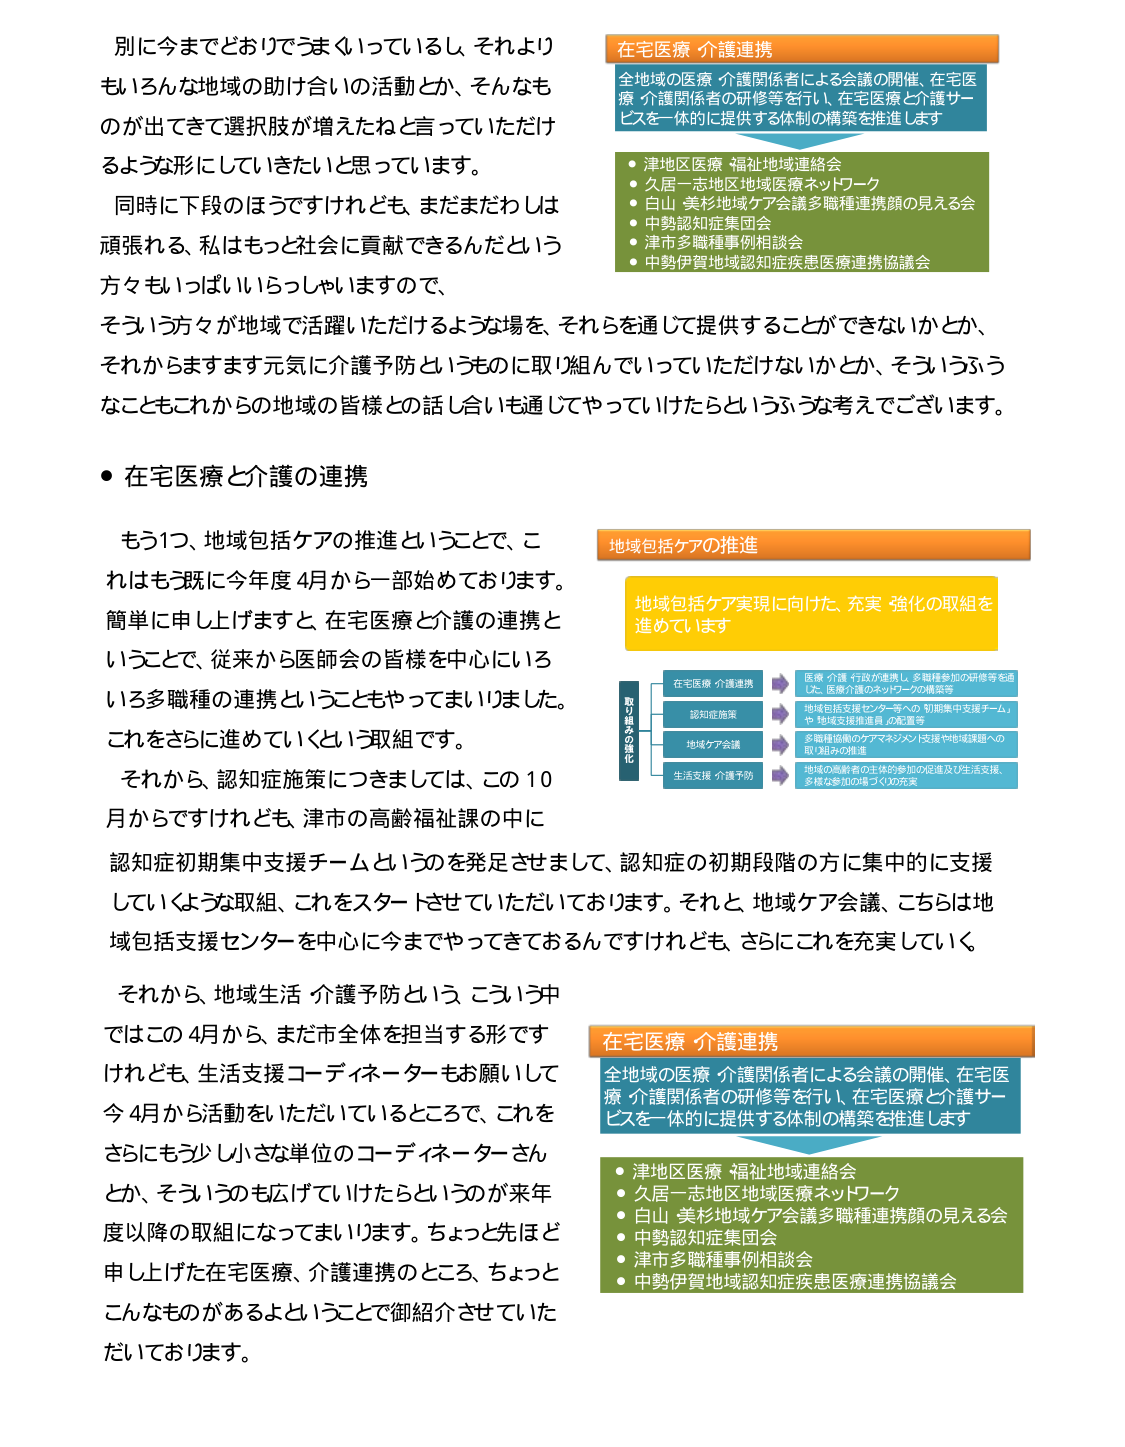
別に今までどおりでうまくいっているし、それよりもいろんな地域の助け合いの活動とか、そんなものが出てきて選択肢が増えたねと言っていただけのような形にしていきたいと思っています。

同時に下段のほうですけれども、まだまだわしは頑張れる、私はもっと社会に貢献できるんだという方ももしいっぱいいらっしゃいますので、そういう方々が地域で活躍いただけるような場を、それらを通じて提供することができないかとか、それからますます元気に介護予防というものに取り組んでいっていただけないかとか、そういうふうなこともこれからの地域の皆様との話し合いを通じてやっていけたらというふうな考えでございます。

● 在宅医療と介護の連携

もう1つ、地域包括ケアの推進ということで、これはもう既に今年度4月から一部始めております。簡単に申し上げますと、在宅医療と介護の連携ということで、従来から医師会の皆様を中心にはいるいろいろ多職種の連携ということもやってまいりました。これをさらに進めていくという取組です。

それから、認知症施策につきましては、この10月からですけれども、津市の高齢福祉課の中に認知症初期集中支援チームというのを発足させまして、認知症の初期段階の方に集中的に支援していくような取組、これをスタートさせていただいております。それと、地域ケア会議、こちらは地域包括支援センターを中心に今までやってきておるんですけれども、さらにこれを充実していく。

それから、地域生活 介護予防という、こういう中ではこの4月から、まだ市全体を担当する形ですけれども、生活支援コーディネーターもお願いして今4月から活動をいただいているところで、これをさらにもう少し小さな単位のコーディネーターさんとか、そういうのも広げていけたらというのが来年度以降の取組になってまいります。ちょっと先ほど申し上げた在宅医療、介護連携のところ、ちょっとこんなものがあるよということで御紹介させていただいております。

在宅医療 介護連携
全地域の医療・介護関係者による会議の開催、在宅医療・介護関係者の研修等を行い、在宅医療と介護サービスを一体的に提供する体制の構築を推進します

・津地区医療 福祉地域連絡会
・久居一志地区地域医療ネットワーク
・白山・美杉地域ケア会議多職種連携顔の見える会
・中勢認知症集団会
・津市多職種事例相談会
・中勢伊賀地域認知症疾患医療連携協議会

地域包括ケアの推進
地域包括ケア実現に向けた、充実・強化の取組を進めています

取り組みの強化
在宅医療・介護連携 → 医療・介護・行政が連携し、多職種参加の研修等を通じた、医療介護のネットワークの構築等
認知症施策 → 地域包括支援センター等への「初期集中支援チーム」や「地域支援推進員」の配置等
地域ケア会議 → 多職種協働のケアマネジメント支援や地域課題への取り組みの推進
生活支援・介護予防 → 地域の高齢者の主体的参加の促進及び生活支援、多様な参加の場づくりの充実

在宅医療 介護連携
全地域の医療・介護関係者による会議の開催、在宅医療・介護関係者の研修等を行い、在宅医療と介護サービスを一体的に提供する体制の構築を推進します

・津地区医療 福祉地域連絡会
・久居一志地区地域医療ネットワーク
・白山・美杉地域ケア会議多職種連携顔の見える会
・中勢認知症集団会
・津市多職種事例相談会
・中勢伊賀地域認知症疾患医療連携協議会